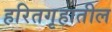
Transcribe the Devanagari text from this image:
हरितगृहातील